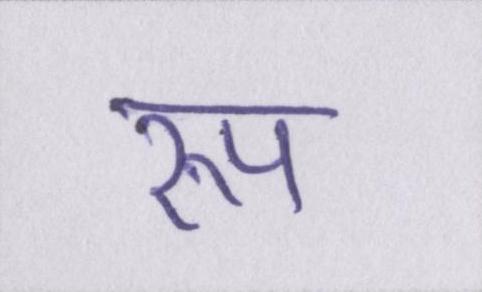
रुप